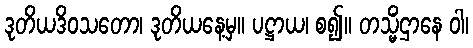
ဒုတိယဒိဝသတော၊ ဒုတိယနေ့မှ။ ပဋ္ဌာယ၊ စ၍။ တသ္မိံဌာနေ ဝါ၊